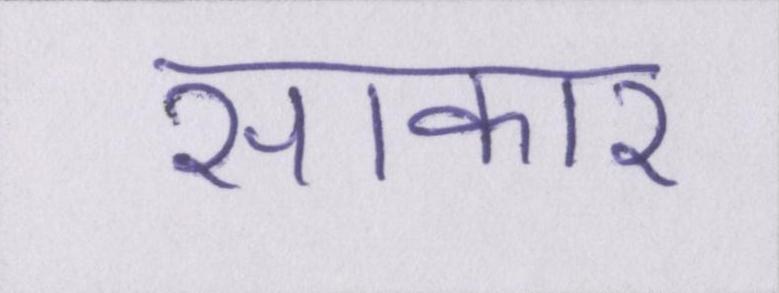
साकार